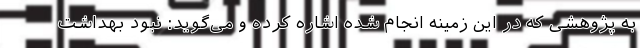
به پژوهشی که در این زمینه انجام شده اشاره کرده و می‌گوید: نبود بهداشت